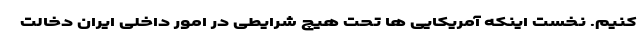
کنیم. نخست اینکه آمریکایی ها تحت هیچ شرایطی در امور داخلی ایران دخالت